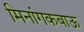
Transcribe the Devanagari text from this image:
मिनांगकबाऊ